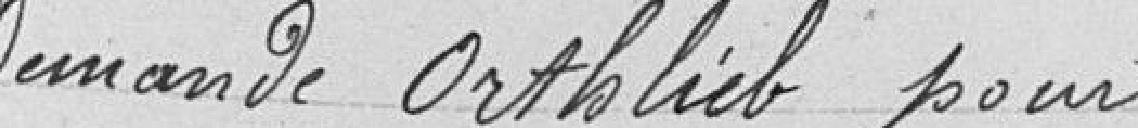
Demande ORTHLIEB pour